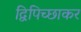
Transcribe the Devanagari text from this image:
द्विपिच्छाकर